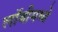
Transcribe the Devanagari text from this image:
लॉबीमध्ये